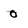
Character: 0